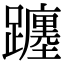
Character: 躔